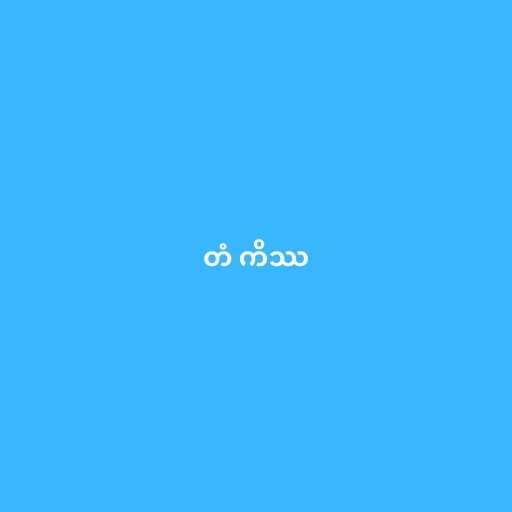
တံ ကိဿ